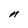
Character: n